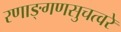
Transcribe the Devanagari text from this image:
रणाङ्गणसुचत्वरे